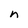
Character: n